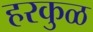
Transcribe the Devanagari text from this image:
हरकुळ